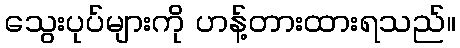
သွေးပုပ်များကို ဟန့်တားထားရသည်။